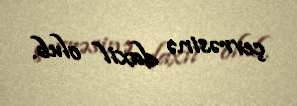
çevrəsinə daxil olub.